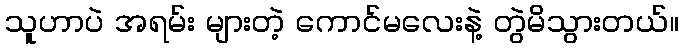
သူဟာပဲ အရမ်း များတဲ့ ကောင်မလေးနဲ့ တွဲမိသွားတယ်။